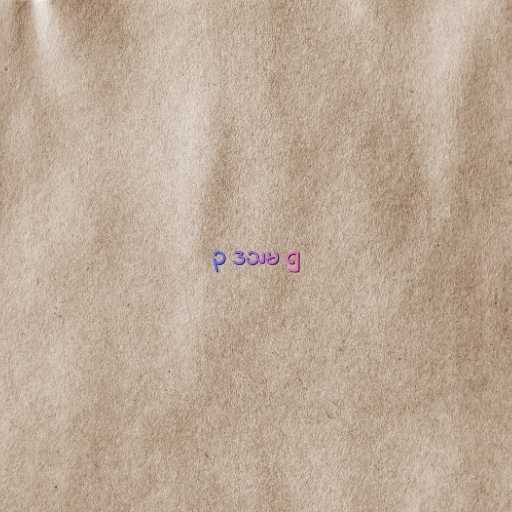
၃ ဒသမ ၅